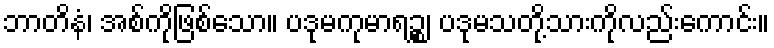
ဘာတိနံ၊ အစ်ကိုဖြစ်သော။ ပဒုမကုမာရဉ္စ၊ ပဒုမသတို့သားကိုလည်းကောင်း။